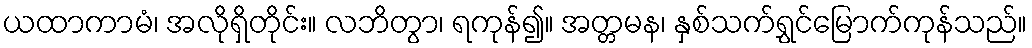
ယထာကာမံ၊ အလိုရှိတိုင်း။ လဘိတွာ၊ ရကုန်၍။ အတ္တမန၊ နှစ်သက်ရွှင်မြောက်ကုန်သည်။